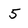
Character: 5